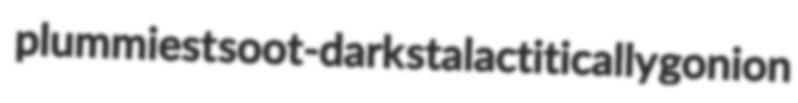
plummiest soot-dark stalactitically gonion